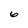
Character: 6